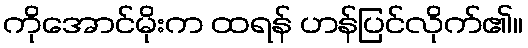
ကိုအောင်မိုးက ထရန် ဟန်ပြင်လိုက်၏။